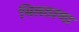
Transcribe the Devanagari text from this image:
भिलठाणा